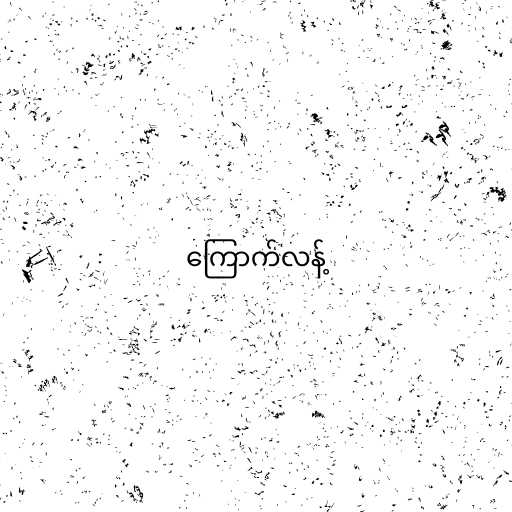
ကြောက်လန့်